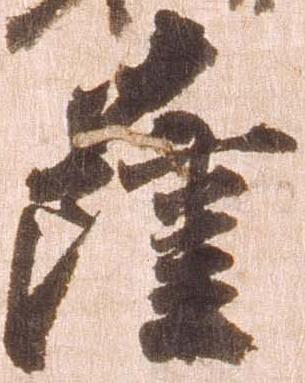
薩